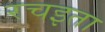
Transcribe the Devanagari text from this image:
रचइता